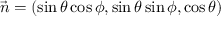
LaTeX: \vec { n } = ( \sin \theta \cos \phi , \sin \theta \sin \phi , \cos \theta )